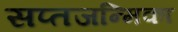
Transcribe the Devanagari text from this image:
सप्तजन्मिका